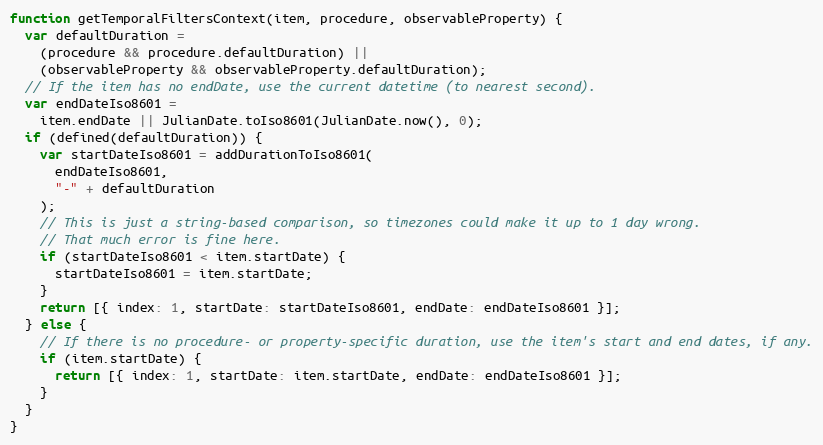
Language: JavaScript
function getTemporalFiltersContext(item, procedure, observableProperty) {
  var defaultDuration =
    (procedure && procedure.defaultDuration) ||
    (observableProperty && observableProperty.defaultDuration);
  // If the item has no endDate, use the current datetime (to nearest second).
  var endDateIso8601 =
    item.endDate || JulianDate.toIso8601(JulianDate.now(), 0);
  if (defined(defaultDuration)) {
    var startDateIso8601 = addDurationToIso8601(
      endDateIso8601,
      "-" + defaultDuration
    );
    // This is just a string-based comparison, so timezones could make it up to 1 day wrong.
    // That much error is fine here.
    if (startDateIso8601 < item.startDate) {
      startDateIso8601 = item.startDate;
    }
    return [{ index: 1, startDate: startDateIso8601, endDate: endDateIso8601 }];
  } else {
    // If there is no procedure- or property-specific duration, use the item's start and end dates, if any.
    if (item.startDate) {
      return [{ index: 1, startDate: item.startDate, endDate: endDateIso8601 }];
    }
  }
}